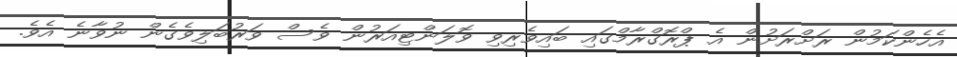
އެހެންކަމުން ރަށްރަށުން އެ ޕްރޮގްރާމްގައި ބައިވެރިވި ވޮލަންޓިއަރުން ވެސް ވަރުބަލިވެގެން ނުވާނެ އެވެ.